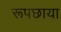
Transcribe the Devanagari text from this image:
रूपछाया